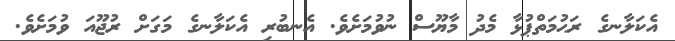
އެކަލާނގެ ރަޙުމަތްޕުޅާ މެދު މާޔޫސް ނުވުމަށެވެ. އެނބުރި އެކަލާނގެ މަގަށް ރުޖޫއަ ވުމަށެވެ.